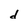
Character: d